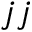
j j